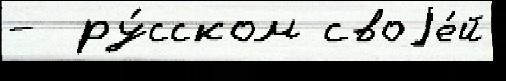
-  ру́сском своjе́й